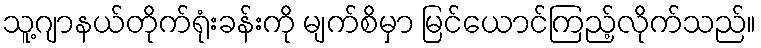
သူ့ဂျာနယ်တိုက်ရုံးခန်းကို မျက်စိမှာ မြင်ယောင်ကြည့်လိုက်သည်။